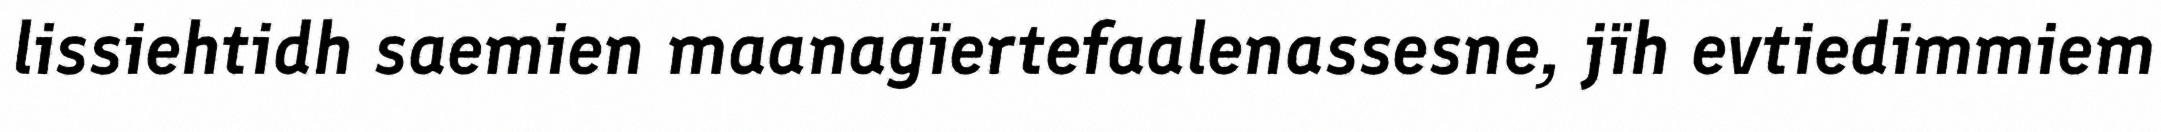
lissiehtidh saemien maanagïertefaalenassesne, jïh evtiedimmiem